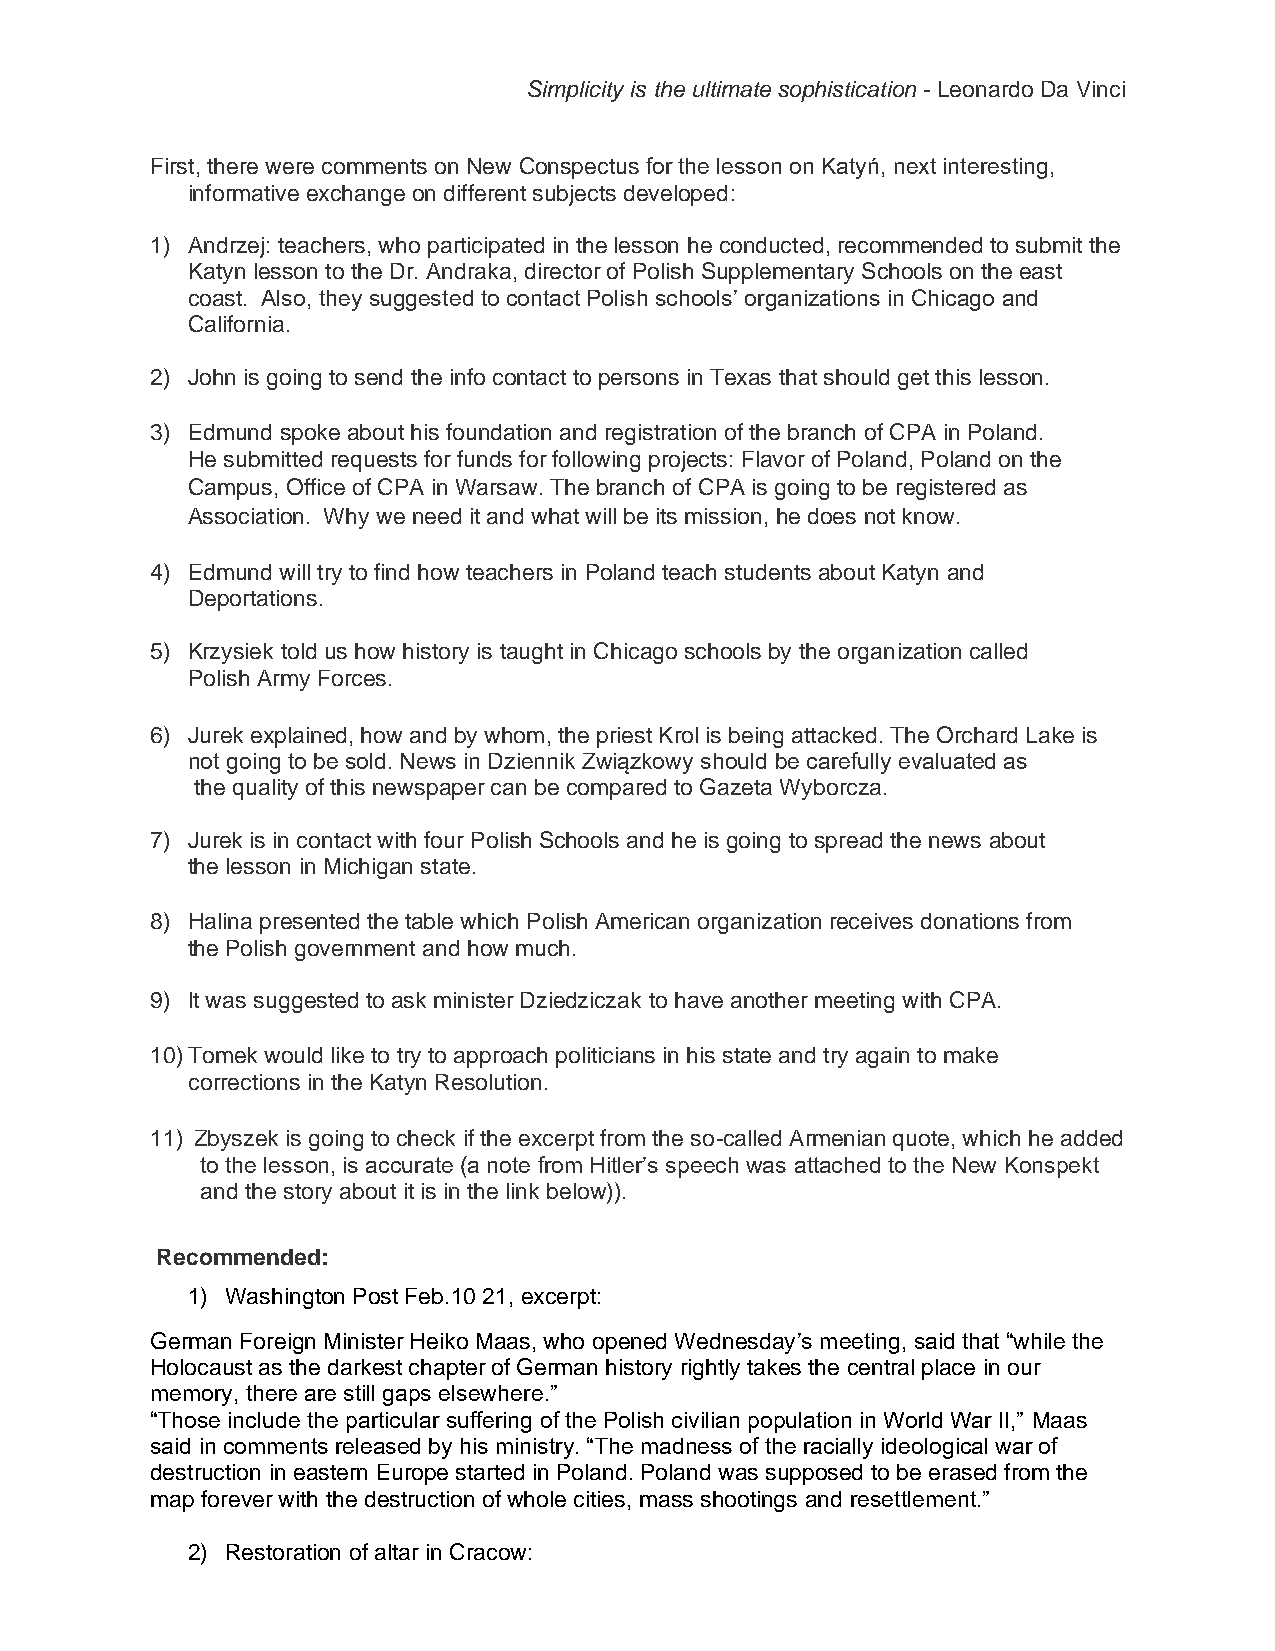
Simplicity is the ultimate sophistication - Leonardo Da Vinci
 First, there were comments on New Conspectus for the lesson on Katyń, next interesting,
 informative exchange on different subjects developed:
 1) Andrzej: teachers, who participated in the lesson he conducted, recommended to submit the
 Katyn lesson to the Dr. Andraka, director of Polish Supplementary Schools on the east
 coast. Also, they suggested to contact Polish schools’ organizations in Chicago and
 California.
 2) John is going to send the info contact to persons in Texas that should get this lesson.
 3) Edmund spoke about his foundation and registration of the branch of CPA in Poland.
 He submitted requests for funds for following projects: Flavor of Poland, Poland on the
 Campus, Office of CPA in Warsaw. The branch of CPA is going to be registered as
 Association. Why we need it and what will be its mission, he does not know.
 4) Edmund will try to find how teachers in Poland teach students about Katyn and
 Deportations.
 5) Krzysiek told us how history is taught in Chicago schools by the organization called
 Polish Army Forces.
 6) Jurek explained, how and by whom, the priest Krol is being attacked. The Orchard Lake is
 not going to be sold. News in Dziennik Związkowy should be carefully evaluated as
 the quality of this newspaper can be compared to Gazeta Wyborcza.
 7) Jurek is in contact with four Polish Schools and he is going to spread the news about
 the lesson in Michigan state.
 8) Halina presented the table which Polish American organization receives donations from
 the Polish government and how much.
 9) It was suggested to ask minister Dziedziczak to have another meeting with CPA.
 10) Tomek would like to try to approach politicians in his state and try again to make
 corrections in the Katyn Resolution.
 11) Zbyszek is going to check if the excerpt from the so-called Armenian quote, which he added
 to the lesson, is accurate (a note from Hitler’s speech was attached to the New Konspekt
 and the story about it is in the link below)).
 Recommended:
 1) Washington Post Feb.10 21, excerpt:
 German Foreign Minister Heiko Maas, who opened Wednesday’s meeting, said that “while the
 Holocaust as the darkest chapter of German history rightly takes the central place in our
 memory, there are still gaps elsewhere.”
 “Those include the particular suffering of the Polish civilian population in World War II,” Maas
 said in comments released by his ministry. “The madness of the racially ideological war of
 destruction in eastern Europe started in Poland. Poland was supposed to be erased from the
 map forever with the destruction of whole cities, mass shootings and resettlement.”
 2) Restoration of altar in Cracow: